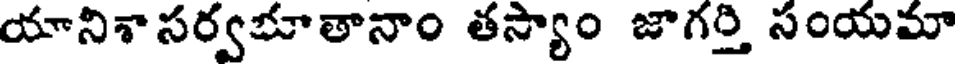
యానిశాసర్వభూతానాం తస్యాం జాగర్తి సంయమా